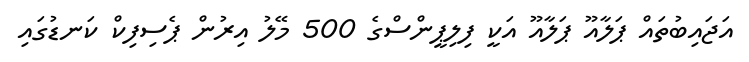
އަޖައިބުތައް ޕަލާއޫ ޕަލާއޫ އަކީ ފިލިޕީންސްގެ 500 މޭލު އިރުން ޕެސިފިކް ކަނޑުގައި